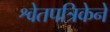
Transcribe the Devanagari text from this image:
श्वेतपत्रिकेने